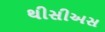
થીસીઅસ